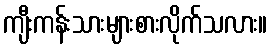
ကျီးကန်းသားများစားလိုက်သလား။